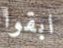
ابقوا